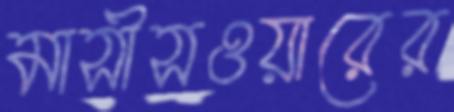
মাসীসওয়ারের